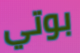
بوتي